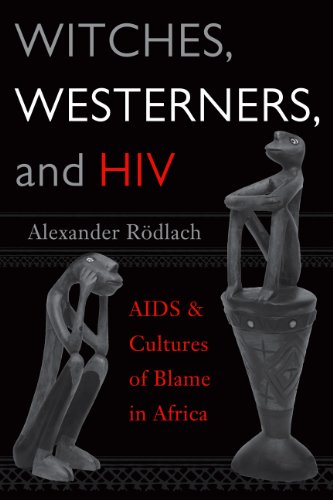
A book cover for WITCHES, WESTERNERS, AND HIV: AIDS AND CULTURES OF BLAME IN AFRICA; Alexander Rodlach; History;